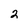
Character: 2